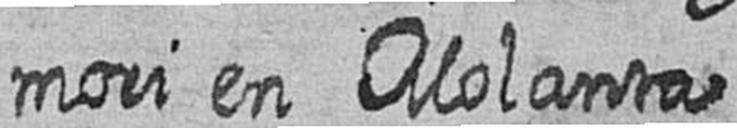
mori en Molanta